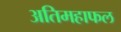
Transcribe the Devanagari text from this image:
अतिमहाफल